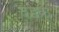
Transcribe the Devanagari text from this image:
दडक्